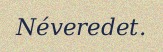
Néveredet.